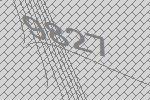
9827